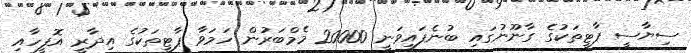
ސިޔާސީ ޕާޓީތަކުގެ ގާނޫނުގައި ބުނެފައިވަނީ 20000 މެމްބަރުން ހަމަވާ ޕާޓީތަކުގެ އިދާރީ އޮފީހާއި